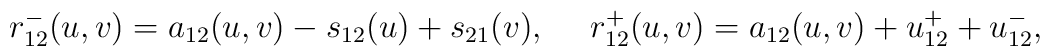
r_{12}^{-}(u,v)=a_{12}(u,v)-s_{12}(u)+s_{21}(v),\mbox{ \ \ \ } r_{12}^{+}(u,v)=a_{12}(u,v)+u_{12}^{+}+u_{12}^{-},